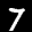
Label: 7